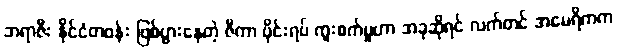
ဘရာဇီး နိုင်ငံတဝန်း ဖြစ်ပွားနေတဲ့ ဇီကာ ဗိုင်းရပ် ကူးစက်မှုဟာ အခုဆိုရင် လက်တင် အမေရိကက